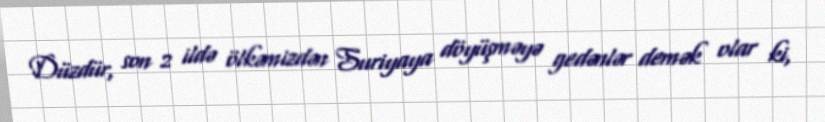
Düzdür, son 2 ildə ölkəmizdən Suriyaya döyüşməyə gedənlər demək olar ki,